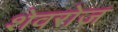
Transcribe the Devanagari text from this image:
शेवरोज